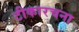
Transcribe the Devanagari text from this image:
टीकारचना